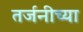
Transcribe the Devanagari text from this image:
तर्जनीच्या